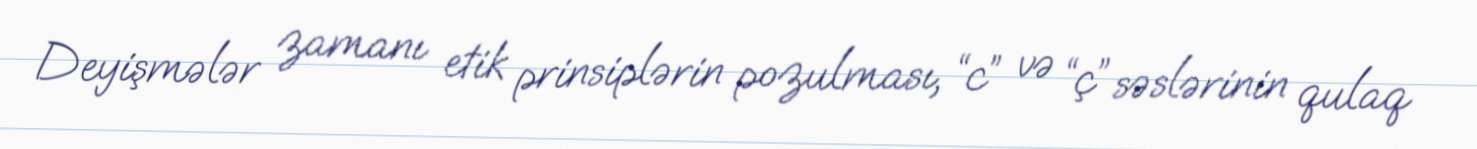
Deyişmələr zamanı etik prinsiplərin pozulması, “c” və “ç” səslərinin qulaq